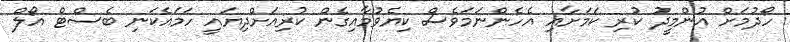
ހޯދުމަށް އުންމީދު ކުރި ކަމަށާއި އެހެންނަމަވެސް ކިޔެވުމާއިގެން ކުރިއަށްދިޔައީ ހަމައެކަނި ބެސްޓް އޯލް